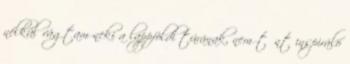
nélkül vágtam neki a lappföldi túrának, nem tűnt inspiráló